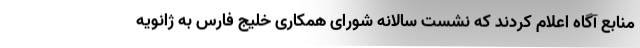
منابع آگاه اعلام کردند که نشست سالانه شورای همکاری خلیج فارس به ژانویه